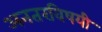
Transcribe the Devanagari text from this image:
अनतरविषयी